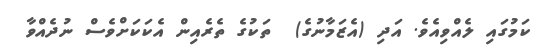
ކަމުގައި ލެއްވިއެވެ. އަދި (އެޒަމާނުގެ)  ތަކުގެ ތެރެއިން އެކަކަށްވެސް ނުދެއްވާ